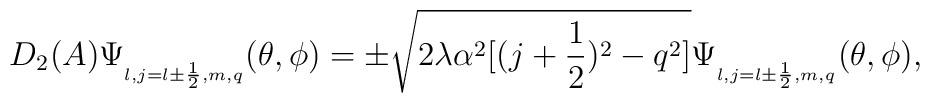
D_2(A)\Psi_{_{l,j=l\pm\frac{1}{2},m,q}}(\theta ,\phi)=\pm\sqrt{2\lambda\alpha^2 [(j+\frac{1}{2})^2 -q^2]}\Psi_{_{l,j=l\pm\frac{1}{2},m,q}}(\theta ,\phi),